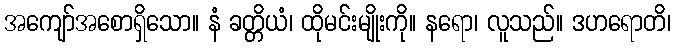
အကျော်အစောရှိသော။ နံ ခတ္တိယံ၊ ထိုမင်းမျိုးကို။ နရော၊ လူသည်။ ဒဟရောတိ၊